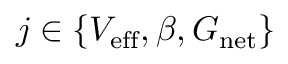
j \in \{ V _ { \mathrm { e f f } } , \beta , G _ { \mathrm { n e t } } \}